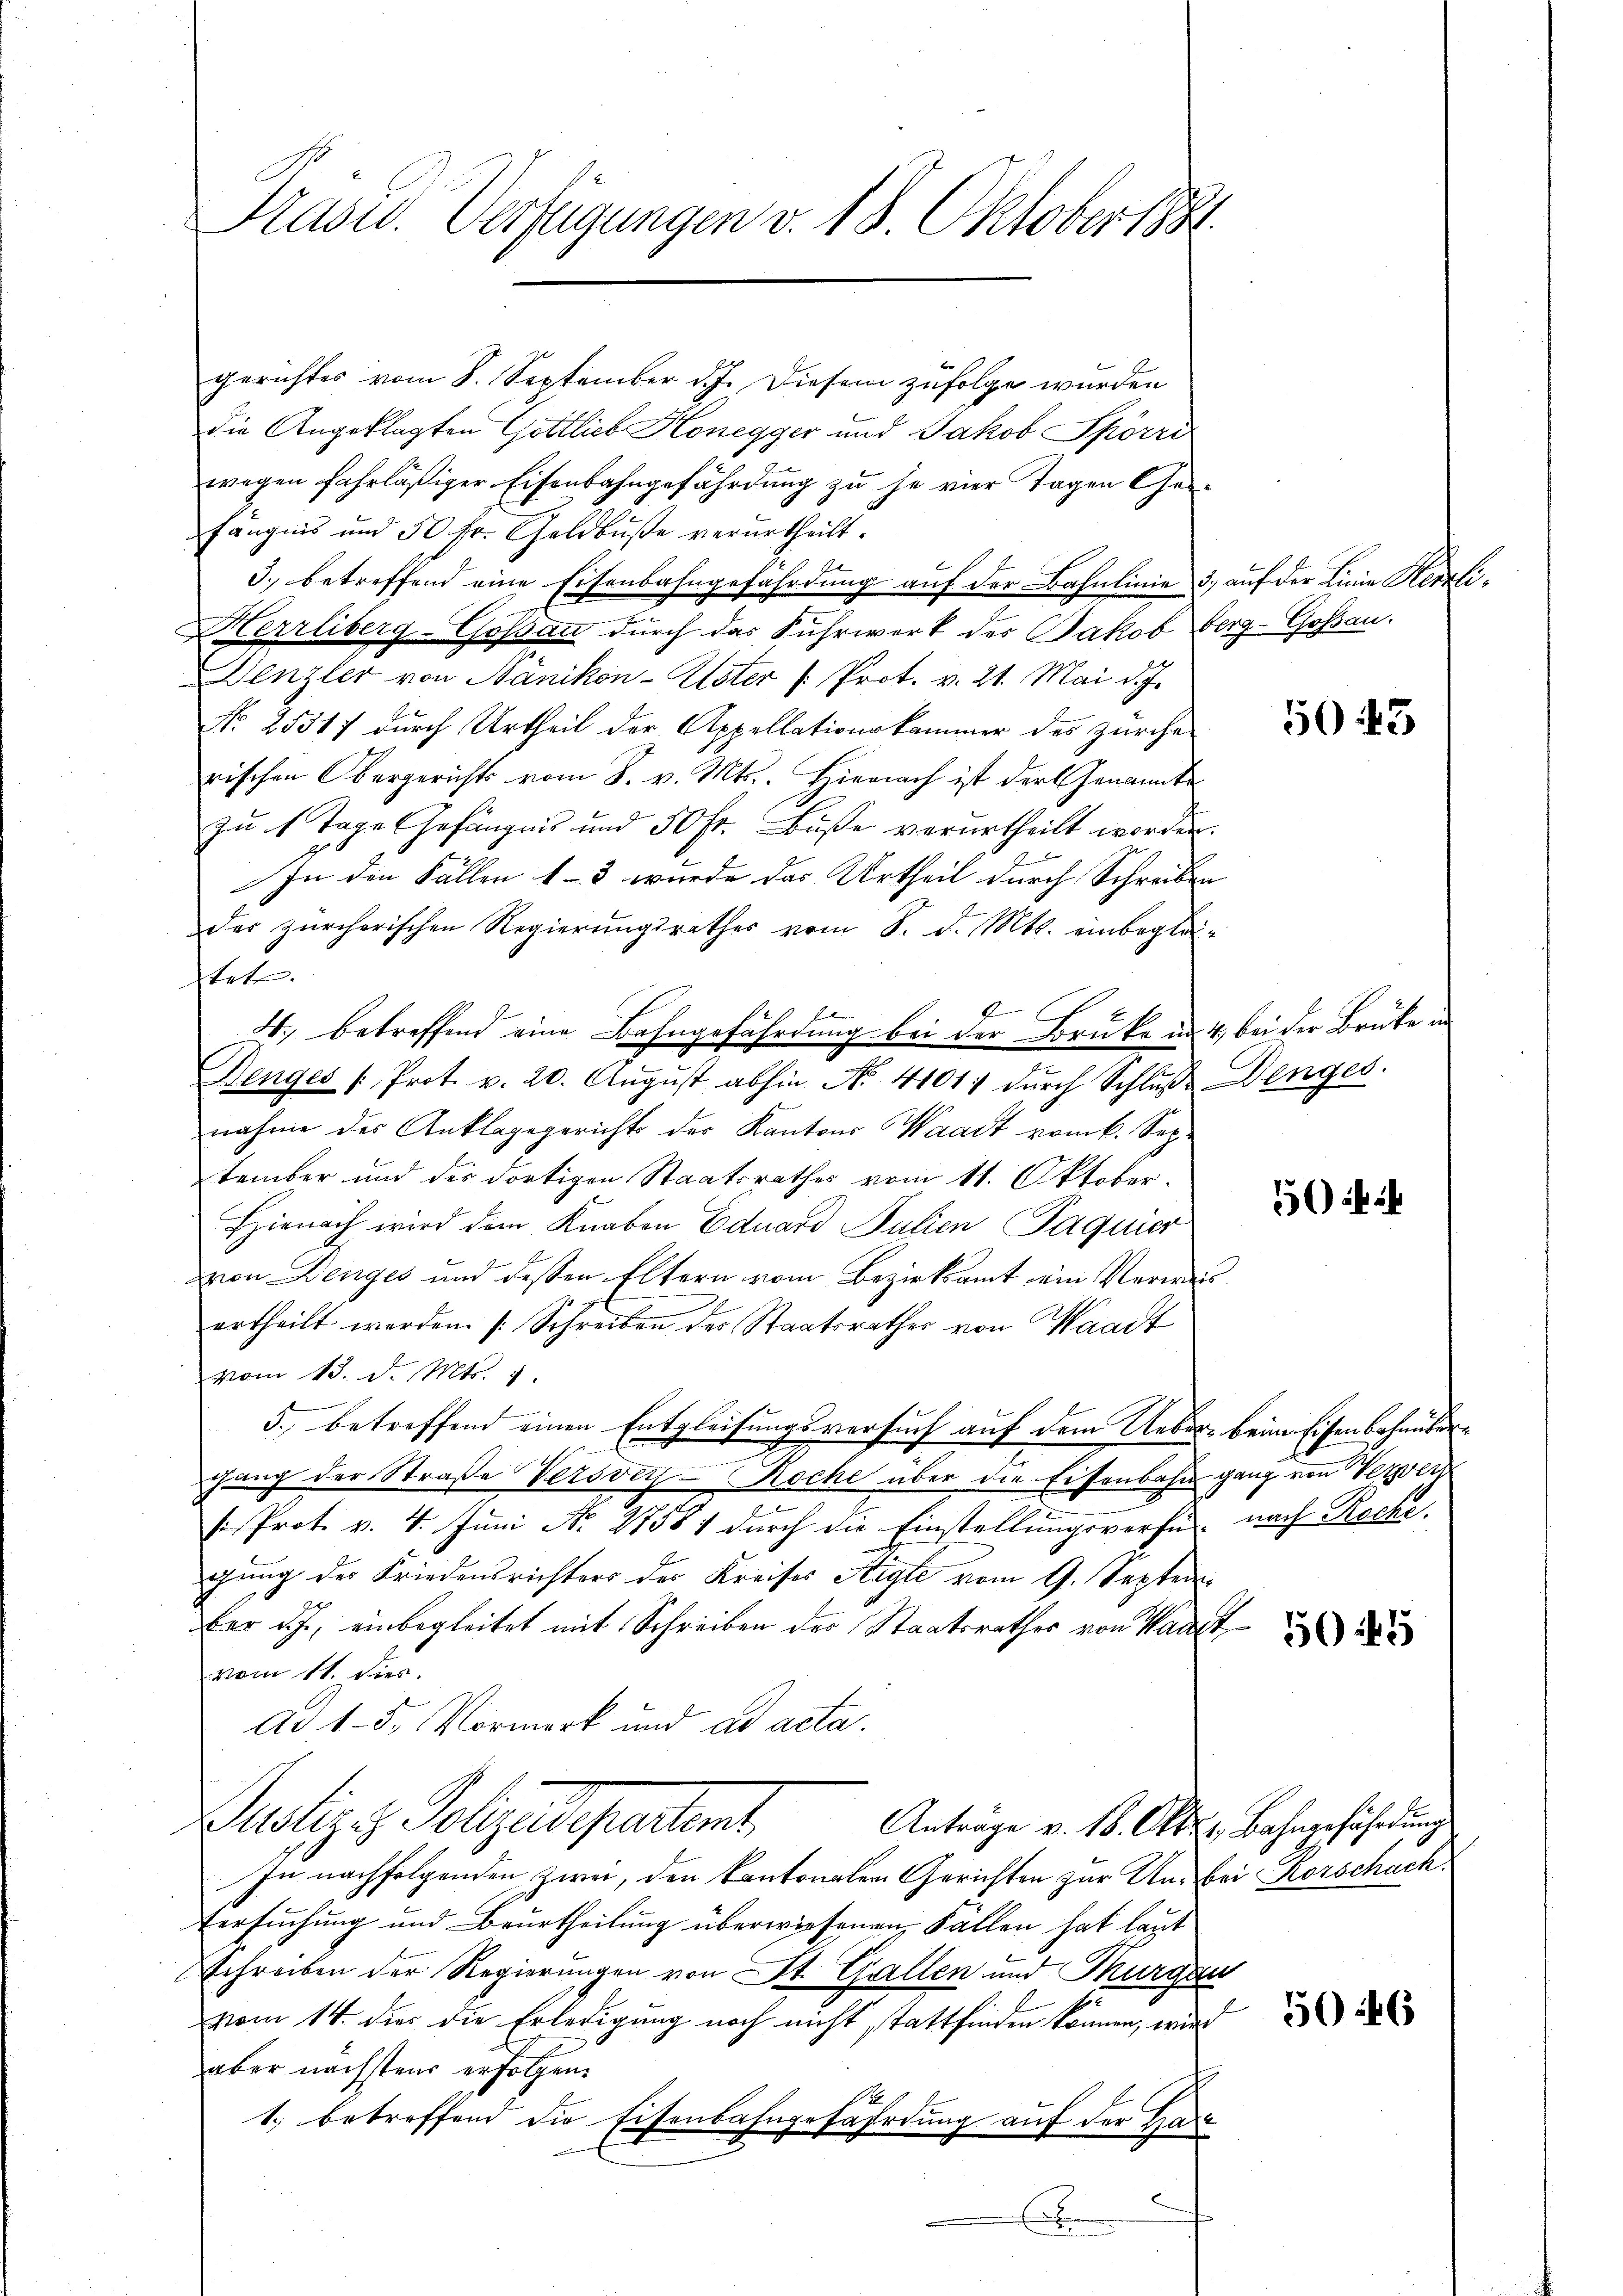
Prasw. Verfügungen v. 18. Oktober 1881.

gerichtes vom 8. September d.J. Diesem zufolge wurden
die Angeklagten Gottlich Honegger und Jakob Spörri
wegen fahrläßiger Eisenbahngefährdung zu je vier Tagen Ges
fängnis und 50 fr. Geldbuße verurtheilt.
3.) betreffend eine Eisenbahngefährdung auf der Bahnlinie 3, auf der Linie Herrli¬
Herrliberg-Gossau durch das Fuhrwerk der Jakob Berg-Goßau.
Denzler von Nänikon-Uster /: Prot. v. 21. Mai d. J.
No. 25317 durch Urtheil der Appellationskammer des zürcherischen Obergerichts vom 8. v. Mts. Hiernach ist der Genannte
zŭ 1 Tage Gefängnis und 50 fr. Bŭβe verurtheilt worden.
a
In die Fällen 1–3 wurde das Urtheil durch Schreiben
der zürcherischen Regierungsrathes vom 8. d. Mts. einbegleitet.
4., betreffend eine Bahngefährdung bei der Bruke in 4, bei der Brüke in
Benges /: Prot. v. 20. Aŭgŭst abhin No. 41017 dŭrch Schlŭβe Denges.
nahme des Anklagegerichts der Kantons Waadt vom k. Sep
tember und des dortigen Staatsrathes vom 11. Oktober.
Hienach wird dem Knaben Eduard Julien Paquier
von Denges und dessen Eltern vom Bezirksamt ein Verweis
urtheilt worden. [Schreiben der Staatsrathes von Waadt
vom 13. d. Mts. 1.
5. betreffend einen Entgleisungsversuch auf dem Ueber, beim Eisenbahnübergang der Straße Versvey-Roche über die Eisenbahn ganz von Verei
 Prot. v. 4. Juni No 27581 durch die Einstellungsverse nach Roche.
gung des Friedensrichters des Kreises Aigle vom 9. Septem
fer d.J., einbegleitet mit Schreiben der Staatsrathes von Kant
vom 11. Dier.
Ad 15. Vormerk und ad acta.
Justiz z. Polizeidepartient
Antrage v. 18. Okt. 1. Bahngefährdung
In nachfolgenden zwei, den kantonalen Gerichten zur Un- bei Rorschach
Versuchung und Beurtheilung überwiesenen Fallen hat laut
Schreiben der Regierungen von St. Gallen und Thurgau
vom 14. dies die Erledigung noch nicht stattfinden können, wird
aber nächstens erfolgen.
1
1.) betreffend die Eisenbahngefährdung auf der Gar

50443

5

5046